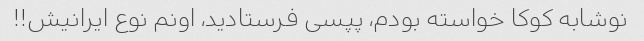
نوشابه کوکا خواسته بودم، پپسی فرستادید، اونم نوع ایرانیش!!